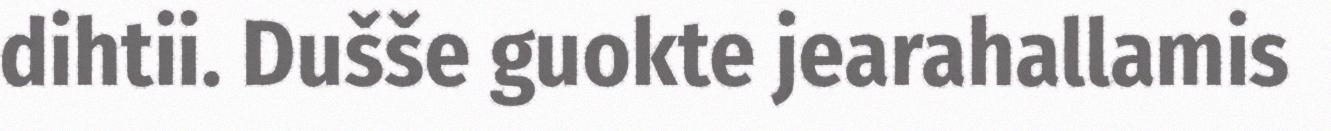
dihtii. Dušše guokte jearahallamis